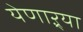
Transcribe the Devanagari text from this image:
येणाऱ्र्‍या